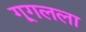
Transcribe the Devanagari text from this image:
गूगलला